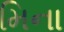
મિના